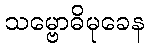
သမ္ဗောဓိမုခေန